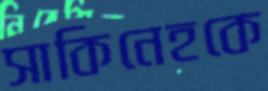
সাকিনেহকে